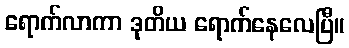
ရောက်လာကာ ဒုတိယ ရောက်နေလေပြီ။